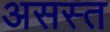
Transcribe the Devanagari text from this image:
असस्त